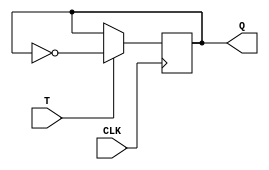
module t_ff(
    input T,
    input CLK,
    output reg Q
);

always @(posedge CLK) begin
    if(T)
        Q <= ~Q;
end

endmodule